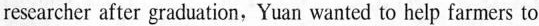
researcher after graduation,Yuan wanted to help farmers to